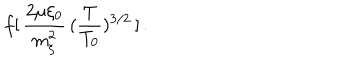
\: f [ \, \frac { 2 \mu \xi _ { 0 } } { m _ { \xi } ^ { 2 } } \, ( \frac { T } { T _ { 0 } } ) ^ { 3 / 2 } \, ] \, . \: